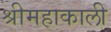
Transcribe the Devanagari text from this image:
श्रीमहाकाली